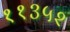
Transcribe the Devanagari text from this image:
११३५२